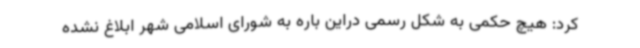
کرد: هیچ حکمی به شکل رسمی دراین باره به شورای اسلامی شهر ابلاغ نشده